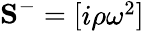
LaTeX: \mathbf{S}^{-}=\left[\begin{array}{l}{i\rho\omega^{2}}\end{array}\right]